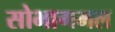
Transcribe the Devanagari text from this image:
सोभागमल